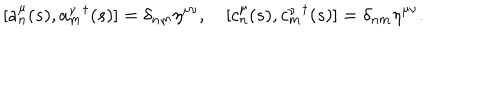
LaTeX: [ a _ { n } ^ { \mu } ( s ) , { a _ { m } ^ { \nu } } ^ { \dagger } ( s ) ] = \delta _ { n m } \eta ^ { \mu \nu } , ~ [ c _ { n } ^ { \mu } ( s ) , { c _ { m } ^ { \nu } } ^ { \dagger } ( s ) ] = \delta _ { n m } \eta ^ { \mu \nu } .